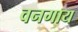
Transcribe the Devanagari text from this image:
वनगाय